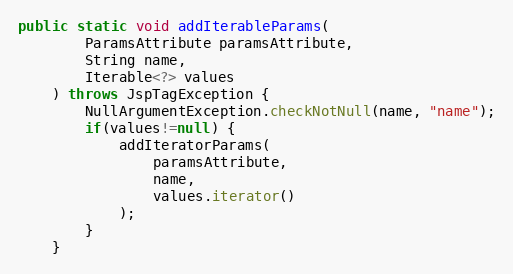
Language: Java
public static void addIterableParams(
		ParamsAttribute paramsAttribute,
		String name,
		Iterable<?> values
	) throws JspTagException {
		NullArgumentException.checkNotNull(name, "name");
		if(values!=null) {
			addIteratorParams(
				paramsAttribute,
				name,
				values.iterator()
			);
		}
	}